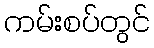
ကမ်းစပ်တွင်